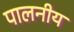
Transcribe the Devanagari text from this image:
पालनीय